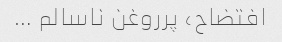
افتضاح، پرروغن ناسالم …